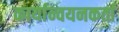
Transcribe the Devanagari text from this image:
कार्यान्वयनकर्ता